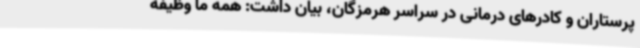
پرستاران و کادرهای درمانی در سراسر هرمزگان، بیان داشت: همه ما وظیفه